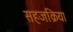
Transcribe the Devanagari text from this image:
सहजक्रिया